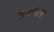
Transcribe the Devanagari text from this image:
नाचण्यास